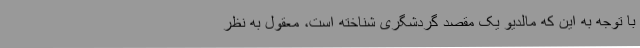
با توجه به این که مالدیو یک مقصد گردشگری شناخته است، معقول به نظر